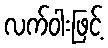
လက်ဝါးဖြင့်